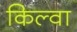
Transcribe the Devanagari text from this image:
किल्वा